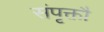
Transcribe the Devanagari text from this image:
संपृक्तौ